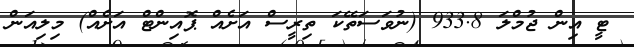
ޓީ އިން ޖުމްލަ 933.8 (ނުވަސަތޭކަ ތިރީސް އަށެއް ޕޮއިންޓް އަށެއް) މިލިއަން